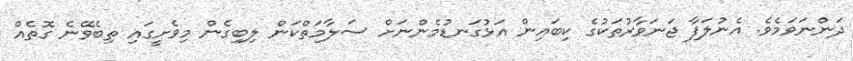
ދަންނަވަމެވެ. އެނުލަފާ ޖަނަވާރުތަކުގެ ކިބައިން އަޅުގަނޑުމެންނަށް ސަލާމަތްކަން ލިބިގެން މިވެށީގައި ތިބެވޭނެ ގޮތެއް